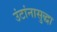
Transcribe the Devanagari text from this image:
उंटांनासुद्धा